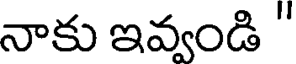
నాకు ఇవ్వండి "